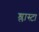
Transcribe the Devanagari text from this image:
श्लास्टा